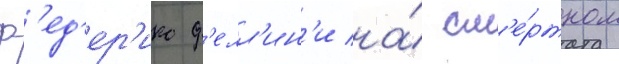
ф'ед'ер'ико ф'елл'ин'и на́ см'е́ртном